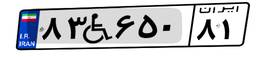
۸۳W۶۵۰۸۱